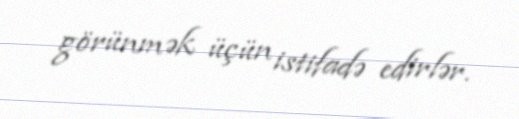
görünmək üçün istifadə edirlər.